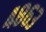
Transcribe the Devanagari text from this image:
४८६३